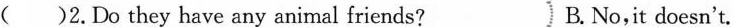
()2.Do they have any animal friends？ B.No,it doesn't.